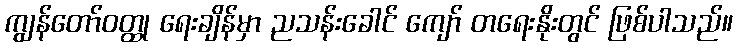
ကျွန်တော်ဝတ္ထု ရေးချိန်မှာ ညသန်းခေါင် ကျော် တရေးနိုးတွင် ဖြစ်ပါသည်။